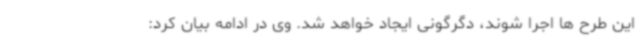
این طرح ها اجرا شوند، دگرگونی ایجاد خواهد شد. وی در ادامه بیان کرد: